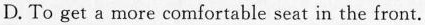
D. To get a more comfortable seat in the front.